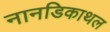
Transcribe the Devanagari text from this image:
नानडिकाथल